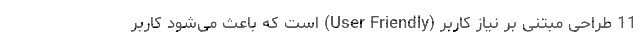
11 طراحی مبتنی بر نیاز کاربر (User Friendly) است که باعث می‌شود کاربر